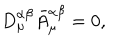
D _ { \mu } ^ { \alpha \beta } \bar { A } _ { \mu } ^ { \alpha \beta } = 0 ,